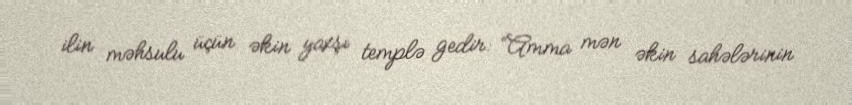
ilin məhsulu üçün əkin yaxşı templə gedir: “Amma mən əkin sahələrinin